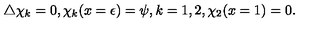
\bigtriangleup \chi _ { k } = 0 , \chi _ { k } ( x = \epsilon ) = \psi , { } k = 1 , 2 , \chi _ { 2 } ( x = 1 ) = 0 .